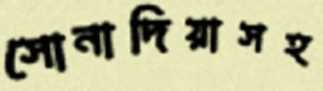
সোনাদিয়াসহ